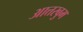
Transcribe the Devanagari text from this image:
आत्तरबुम